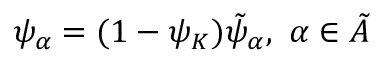
\psi _ { \alpha } = ( 1 - \psi _ { K } ) \tilde { \psi } _ { \alpha } , ~ \alpha \in \tilde { A }